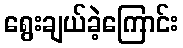
ရွေးချယ်ခဲ့ကြောင်း